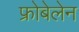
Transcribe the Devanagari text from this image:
फ्रोबेलेन